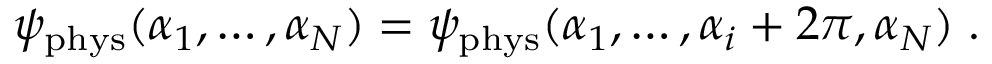
\psi _ { \mathrm { p h y s } } ( \alpha _ { 1 } , \ldots , \alpha _ { N } ) = \psi _ { \mathrm { p h y s } } ( \alpha _ { 1 } , \ldots , \alpha _ { i } + 2 \pi , \alpha _ { N } ) \; .